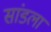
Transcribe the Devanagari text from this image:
सांडला